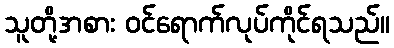
သူတို့အစား ဝင်ရောက်လုပ်ကိုင်ရသည်။